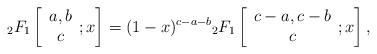
LaTeX: \begin{align*}{_{2}F_{1}}\left[\begin{array}{cccccccc} a,b\\ c\end{array};x\right]=(1-x)^{c-a-b}{_{2}F_{1}}\left[\begin{array}{cccccccc} c-a,c-b\\ c\end{array};x\right], \end{align*}